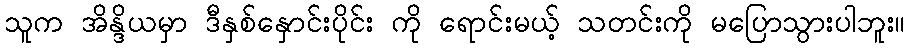
သူက အိန္ဒိယမှာ ဒီနှစ်နှောင်းပိုင်း ကို ရောင်းမယ့် သတင်းကို မပြောသွားပါဘူး။